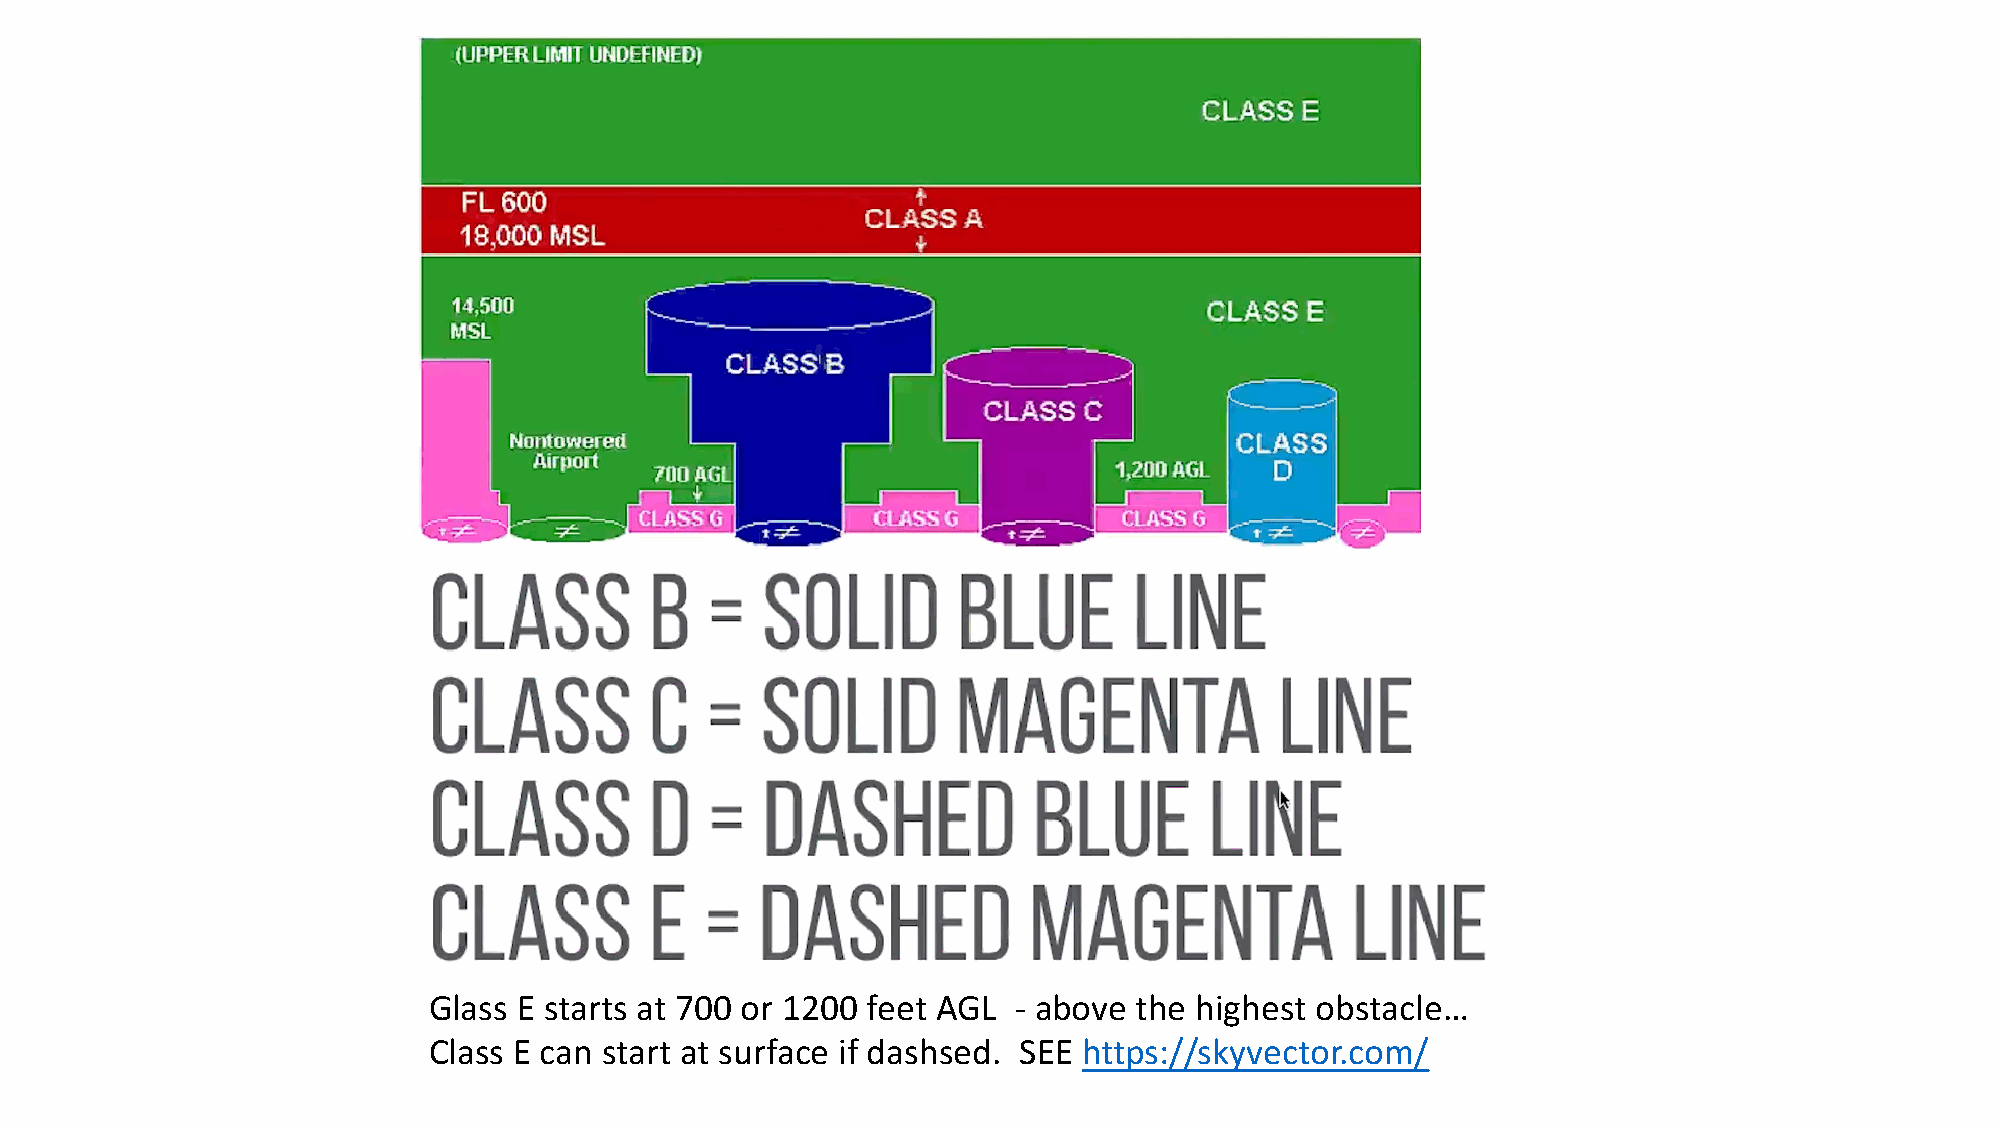
Glass E starts at 700 or 1200 feet AGL - above the highest obstacle…
 Class E can start at surface if dashsed. SEE https://skyvector.com/